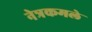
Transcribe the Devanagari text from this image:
नेत्रकमले